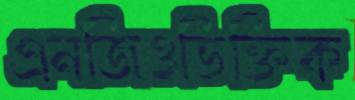
এনজিওভিক্তিক